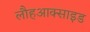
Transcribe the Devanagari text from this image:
लौहआक्साइड